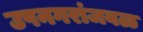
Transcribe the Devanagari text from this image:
उपनगरांजवळ